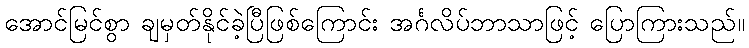
အောင်မြင်စွာ ချမှတ်နိုင်ခဲ့ပြီဖြစ်ကြောင်း အင်္ဂလိပ်ဘာသာဖြင့် ပြောကြားသည်။